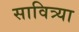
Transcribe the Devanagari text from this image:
सावित्र्या